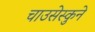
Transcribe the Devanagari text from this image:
चाउसेस्कुने